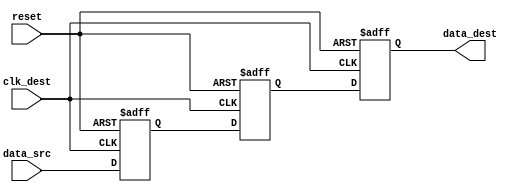
module meta_stability_filter #(
    parameter DATA_WIDTH = 1  // Width of the input data bus
)(
    input wire clk_dest,         // Destination clock
    input wire reset,            // Reset signal
    input wire [DATA_WIDTH-1:0] data_src, // Input data from the source clock domain
    output reg [DATA_WIDTH-1:0] data_dest // Synchronized data output
);

  // Internal signals for flip-flop chain
  reg [DATA_WIDTH-1:0] ff1, ff2;

  always @(posedge clk_dest or posedge reset) begin
    if (reset) begin
      ff1 <= 0;
      ff2 <= 0;
      data_dest <= 0;
    end else begin
      // First stage: sample the input data
      ff1 <= data_src;
      // Second stage: synchronize the output
      ff2 <= ff1;
      // Output: stable and synchronized data
      data_dest <= ff2;
    end
  end

endmodule